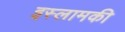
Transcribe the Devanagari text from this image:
इस्लामकी